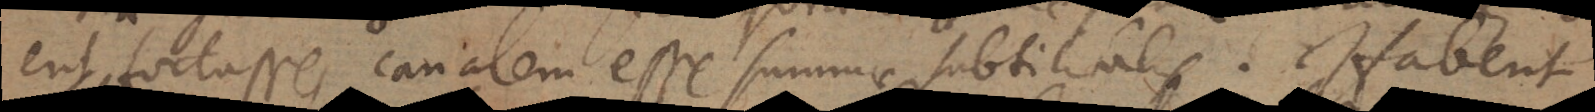
erit fortasse, canalem esse summae subtilitatis. Habent